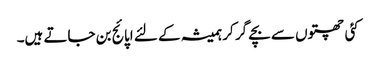
کئی چھتوں سے بچے گر کر ہمیشہ کے لئے اپائج بن جاتے ہیں۔